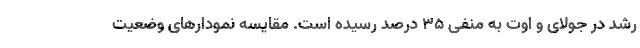
رشد در جولای و اوت به منفی ۳۵ درصد رسیده است. مقایسه نمودارهای وضعیت